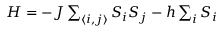
\begin{array} { r } { { \cal H } = - J \sum _ { \langle i , j \rangle } S _ { i } S _ { j } - h \sum _ { i } S _ { i } } \end{array}